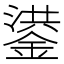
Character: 鍙